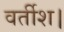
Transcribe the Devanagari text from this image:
वर्तीश।